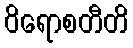
ဝိရောစတီတိ